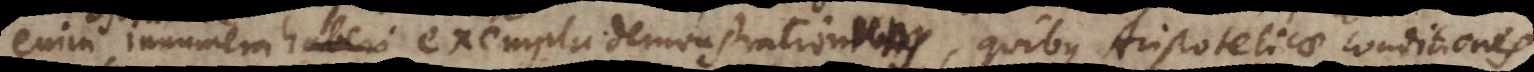
enim ostendere innumera exempla demonstrationum, quibus Aristotelicae conditiones